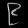
Digit: ၉